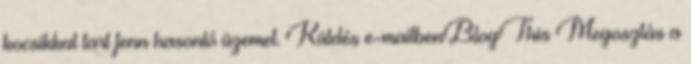
kocsikkal tart fenn hasonló üzemet. Küldés e-mailbenBlogThis Megosztás a